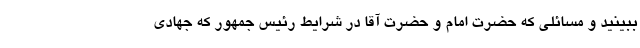
ببینید و مسائلی که حضرت امام و حضرت آقا در شرایط رئیس جمهور که جهادی